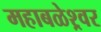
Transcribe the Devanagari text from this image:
महाबळेश्र्वर